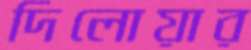
দিলোয়ার